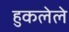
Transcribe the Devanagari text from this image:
हुकलेले